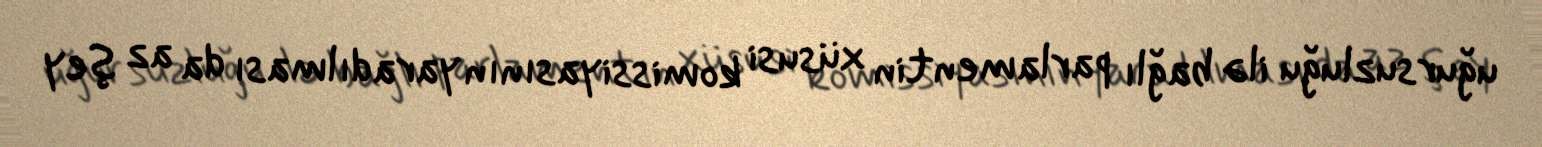
uğursuzluğu ilə bağlı parlamentin xüsusi komissiyasının yaradılması da az şey